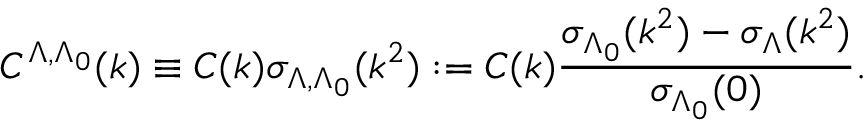
C ^ { \Lambda , \Lambda _ { 0 } } ( k ) \equiv C ( k ) \sigma _ { \Lambda , \Lambda _ { 0 } } ( k ^ { 2 } ) : = C ( k ) \frac { \sigma _ { \Lambda _ { 0 } } ( k ^ { 2 } ) - \sigma _ { \Lambda } ( k ^ { 2 } ) } { \sigma _ { \Lambda _ { 0 } } ( 0 ) } .